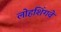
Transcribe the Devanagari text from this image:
लोहशिंगवे